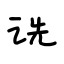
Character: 诜